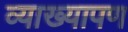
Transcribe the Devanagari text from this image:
व्याख्यापण